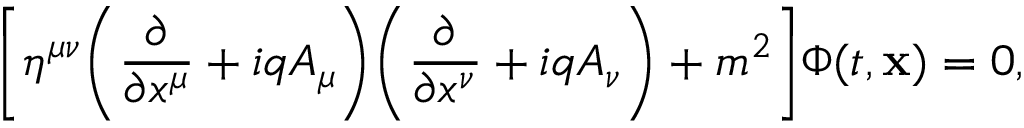
\Biggl [ \eta ^ { \mu \nu } \Biggl ( \frac { \partial } { \partial x ^ { \mu } } + i q A _ { \mu } \Biggr ) \Biggl ( \frac { \partial } { \partial x ^ { \nu } } + i q A _ { \nu } \Biggr ) + m ^ { 2 } \Biggr ] \Phi ( t , { \bf x } ) = 0 ,